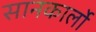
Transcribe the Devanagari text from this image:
सानकार्लो